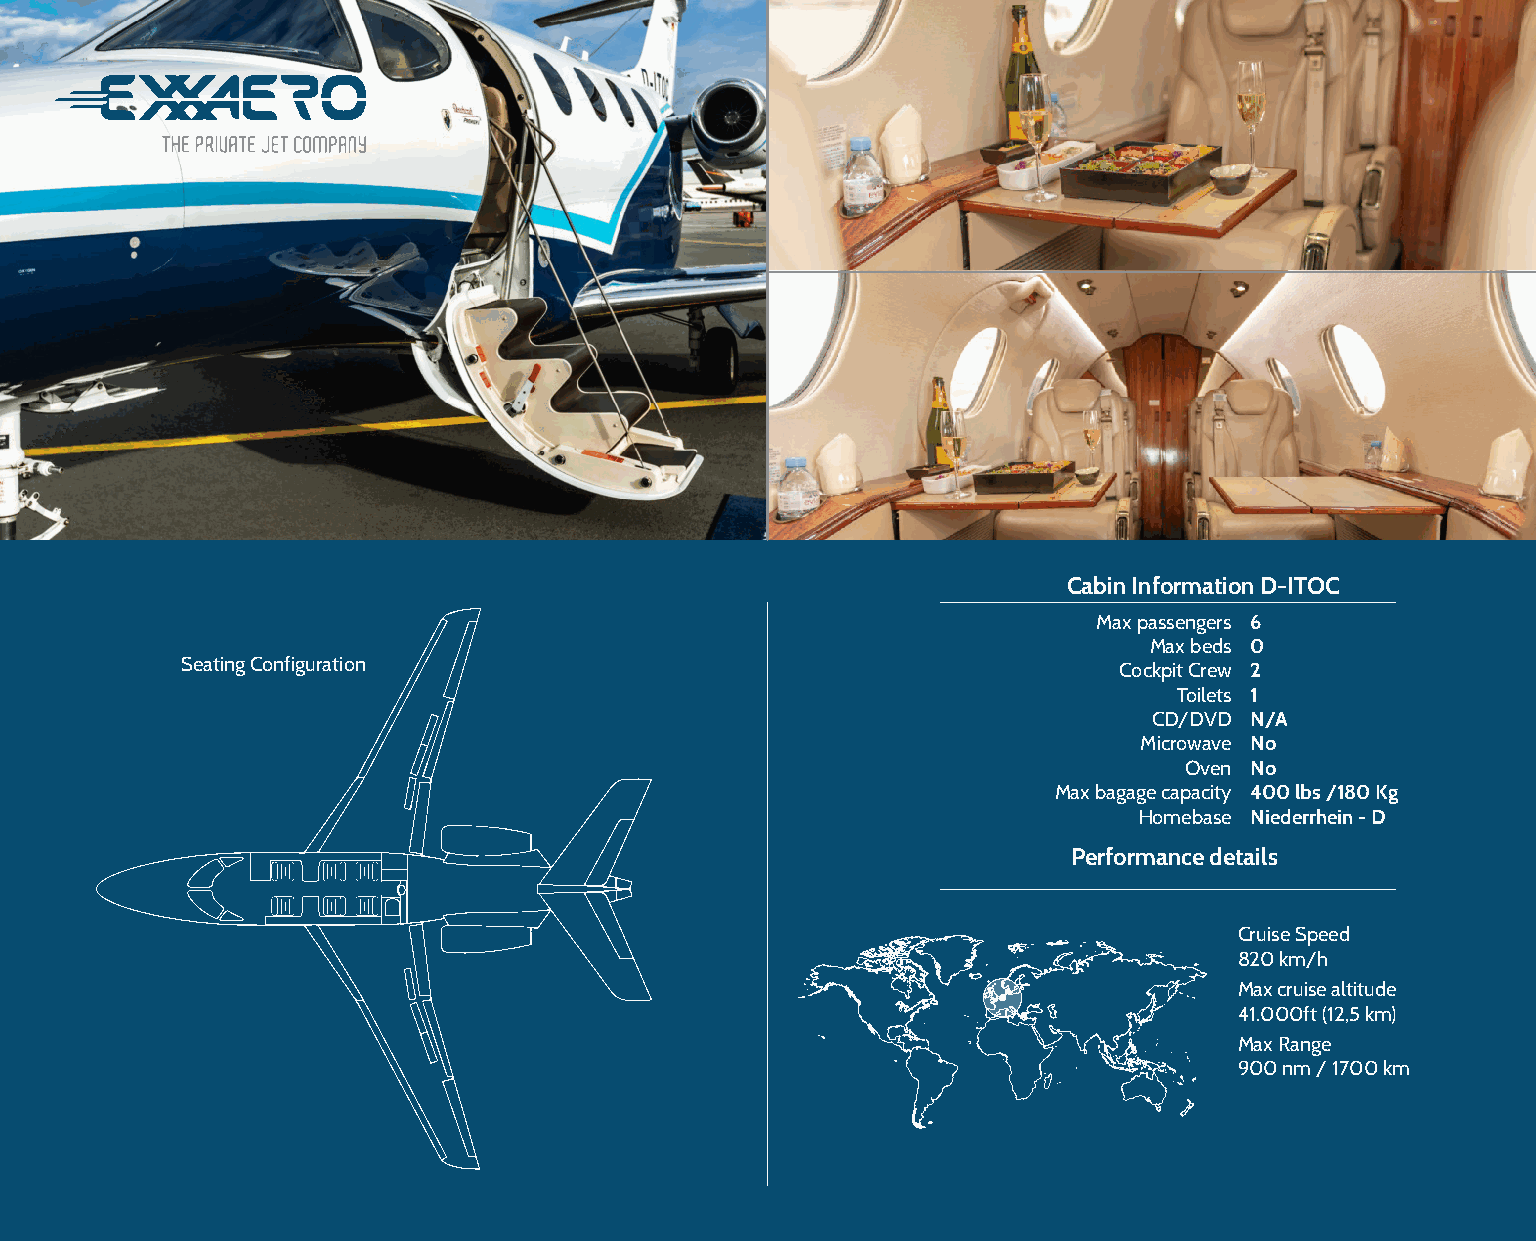
Cabin Information D-ITOC
 Max passengers 6
 Max beds 0
 Seating Configuration                                         Cockpit Crew 2
 Toilets 1
 CD/DVD N/A
 Microwave No
 Oven No
 Max bagage capacity 400 lbs /180 Kg
 Homebase Niederrhein - D
 Performance details
 Cruise Speed
 820 km/h
 Max cruise altitude
 41.000ft (12,5 km)
 Max Range
 900 nm / 1700 km